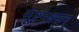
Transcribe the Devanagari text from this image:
सूक्ष्मश्वसन